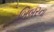
બિબરના